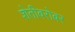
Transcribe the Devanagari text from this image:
शेतीबरोबर